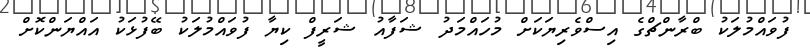
ފުވައްމުލަކު ބްރާންޗްގެ އިސްވެރިޔަކަށް މުހައްމަދު ޝަފާއު ޝަރީފް ކިޔާ ފުވައްމުލަކު ބޭފުޅަކު އައްޔަންކޮށް